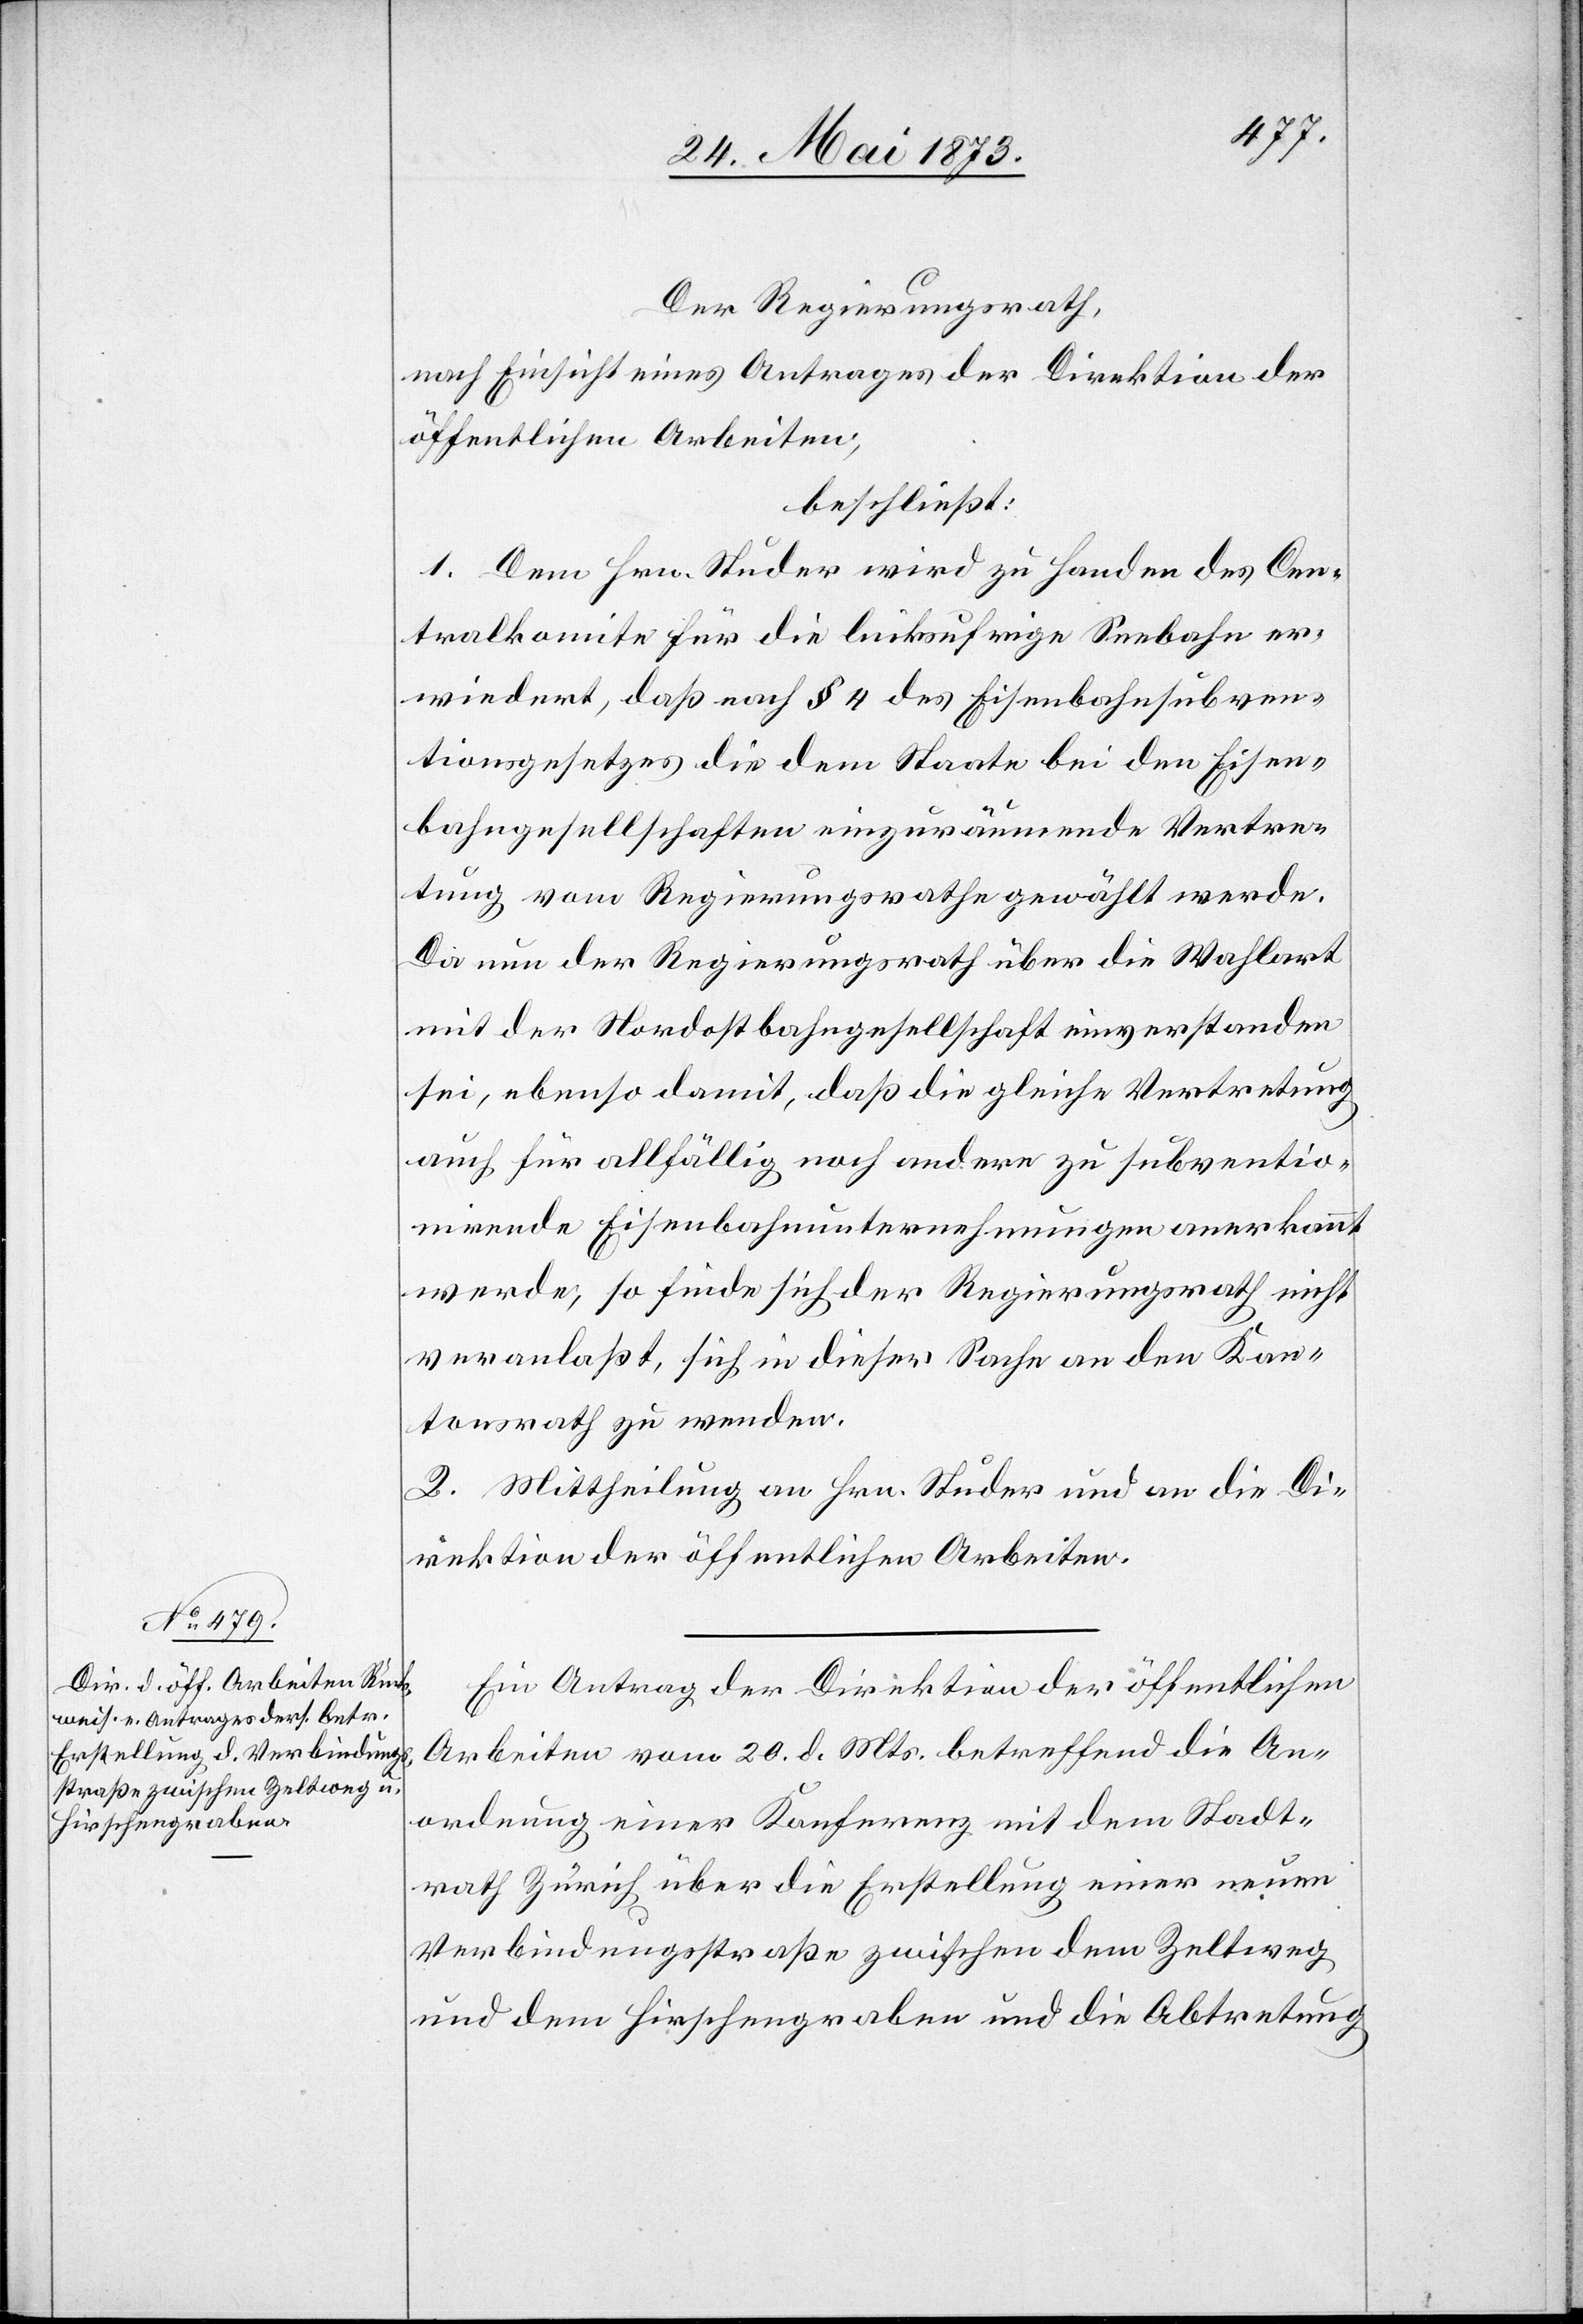
Der Regierungsrath,
nach Einsicht eines Antrages der Direktion der
öffentlichen Arbeiten,
beschließt:
1. Dem Hrn. Studer wird zu Handen des Cen¬
tralkomite für die linksufrige Seebahn er¬
wiedert, daß nach § 4 des Eisenbahnsubven¬
tionsgesetzes die dem Staate bei den Eisen¬
bahngesellschaften einzuräumende Vertre¬
tung vom Regierungsrathe gewählt werde.
Da nun der Regierungsrath über die Wahlart
mit der Nordostbahngesellschaft einverstanden
sei, ebenso damit, daß die gleiche Vertretung
auch für allfällig noch andere zu subventio¬
nirende Eisenbahnunternehmungen anerkannt
werde, so finde sich der Regierungsrath nicht
veranlaßt, sich in dieser Sache an den Kan¬
tonsrath zu wenden.
2. Mittheilung an Hrn. Studer und an die Di¬
rektion der öffentlichen Arbeiten.
Ein Antrag der Direktion der öffentlichen
Arbeiten vom 20. d. Mts. betreffend die An¬
ordnung einer Konferenz mit dem Stadt¬
rath Zürich über die Erstellung einer neuen
Verbindungsstraße zwischen dem Zeltweg
und dem Hirschengraben und die Abtretung